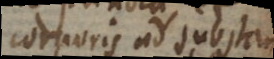
corporis ad substan